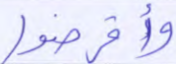
وأقرضوا